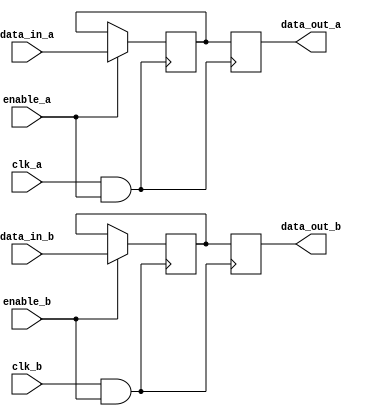
module memory_block_gating (
    input wire clk_a,           // Clock domain A
    input wire clk_b,           // Clock domain B
    input wire enable_a,        // Enable signal for clock domain A
    input wire enable_b,        // Enable signal for clock domain B
    input wire [7:0] data_in_a, // Data input for domain A
    input wire [7:0] data_in_b, // Data input for domain B
    output reg [7:0] data_out_a, // Data output for domain A
    output reg [7:0] data_out_b  // Data output for domain B
);

    // Clock gating logic for domain A
    wire gated_clk_a = clk_a & enable_a;

    // Clock gating logic for domain B
    wire gated_clk_b = clk_b & enable_b;

    // Registers for data storage in each clock domain
    reg [7:0] mem_a;
    reg [7:0] mem_b;

    // Memory operations in clock domain A
    always @(posedge gated_clk_a) begin
        // Example: Write operation
        if (enable_a) begin
            mem_a <= data_in_a; // Store incoming data
        end
        // Example: Read operation
        data_out_a <= mem_a; // Output stored data
    end

    // Memory operations in clock domain B
    always @(posedge gated_clk_b) begin
        // Example: Write operation
        if (enable_b) begin
            mem_b <= data_in_b; // Store incoming data
        end
        // Example: Read operation
        data_out_b <= mem_b; // Output stored data
    end

    // Synchronization mechanism (simple dual flip-flop synchronizer)
    reg [7:0] sync_data;
    reg [7:0] sync_data_1;

    // Assume data from domain A is to be sent to domain B
    always @(posedge gated_clk_a) begin
        sync_data <= mem_a; // Capture data from domain A
    end

    always @(posedge gated_clk_b) begin
        sync_data_1 <= sync_data; // Synchronize to domain B
    end

endmodule